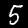
Label: 5